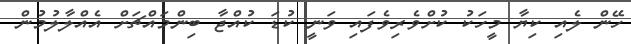
ހޭން ލެއި ކިޔާ މީހަކު ކުށްވެރިވެފައި ވަނީ ކުޑަ ކުއްޖާ ބިންމައްޗަށް އެއްލާލުމުން